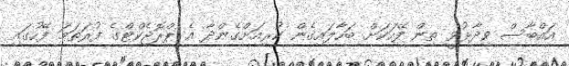
އައްބާސް ވިދާޅުވީ ތިން ފޭހަކަށް ބަހާލައިގެން ކުރިއަށްގެންދާ އެ ޕްރޮޖެކްޓްގެ ފުރަތަމަ ފޭހުގައި